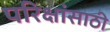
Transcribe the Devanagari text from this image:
परिक्षांसाठी